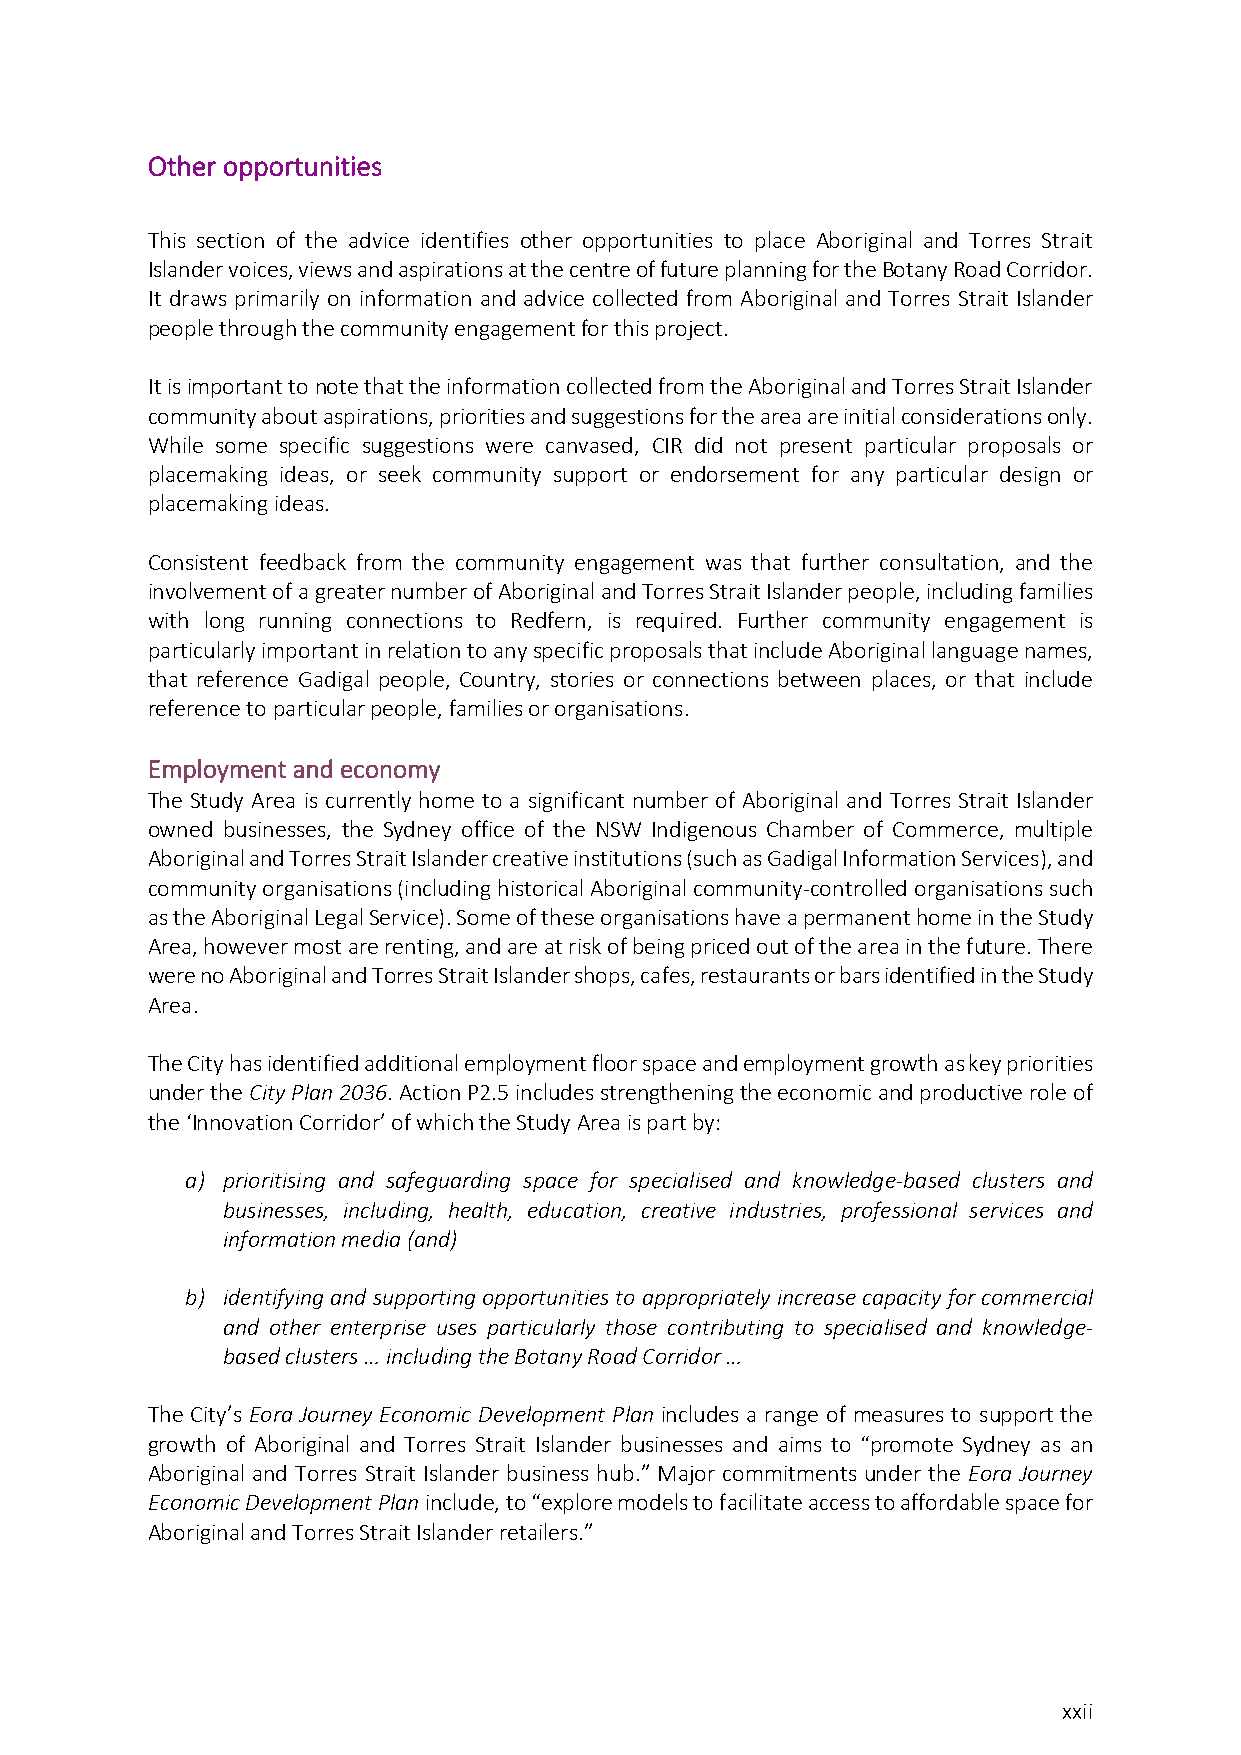
Other opportunities
 This section of the advice identifies other opportunities to place Aboriginal and Torres Strait
 Islander voices, views and aspirations at the centre of future planning for the Botany Road Corridor.
 It draws primarily on information and advice collected from Aboriginal and Torres Strait Islander
 people through the community engagement for this project.
 It is important to note that the information collected from the Aboriginal and Torres Strait Islander
 community about aspirations, priorities and suggestions for the area are initial considerations only.
 While some specific suggestions were canvased, CIR did not present particular proposals or
 placemaking ideas, or seek community support or endorsement for any particular design or
 placemaking ideas.
 Consistent feedback from the community engagement was that further consultation, and the
 involvement of a greater number of Aboriginal and Torres Strait Islander people, including families
 with long running connections to Redfern, is required. Further community engagement is
 particularly important in relation to any specific proposals that include Aboriginal language names,
 that reference Gadigal people, Country, stories or connections between places, or that include
 reference to particular people, families or organisations.
 Employment and economy
 The Study Area is currently home to a significant number of Aboriginal and Torres Strait Islander
 owned businesses, the Sydney office of the NSW Indigenous Chamber of Commerce, multiple
 Aboriginal and Torres Strait Islander creative institutions (such as Gadigal Information Services), and
 community organisations (including historical Aboriginal community-controlled organisations such
 as the Aboriginal Legal Service). Some of these organisations have a permanent home in the Study
 Area, however most are renting, and are at risk of being priced out of the area in the future. There
 were no Aboriginal and Torres Strait Islander shops, cafes, restaurants or bars identified in the Study
 Area.
 The City has identified additional employment floor space and employment growth as key priorities
 under the City Plan 2036. Action P2.5 includes strengthening the economic and productive role of
 the ‘Innovation Corridor’ of which the Study Area is part by:
 a) prioritising and safeguarding space for specialised and knowledge-based clusters and
 businesses, including, health, education, creative industries, professional services and
 information media (and)
 b) identifying and supporting opportunities to appropriately increase capacity for commercial
 and other enterprise uses particularly those contributing to specialised and knowledge-
 based clusters … including the Botany Road Corridor …
 The City’s Eora Journey Economic Development Plan includes a range of measures to support the
 growth of Aboriginal and Torres Strait Islander businesses and aims to “promote Sydney as an
 Aboriginal and Torres Strait Islander business hub.” Major commitments under the Eora Journey
 Economic Development Plan include, to “explore models to facilitate access to affordable space for
 Aboriginal and Torres Strait Islander retailers.”
 xxii